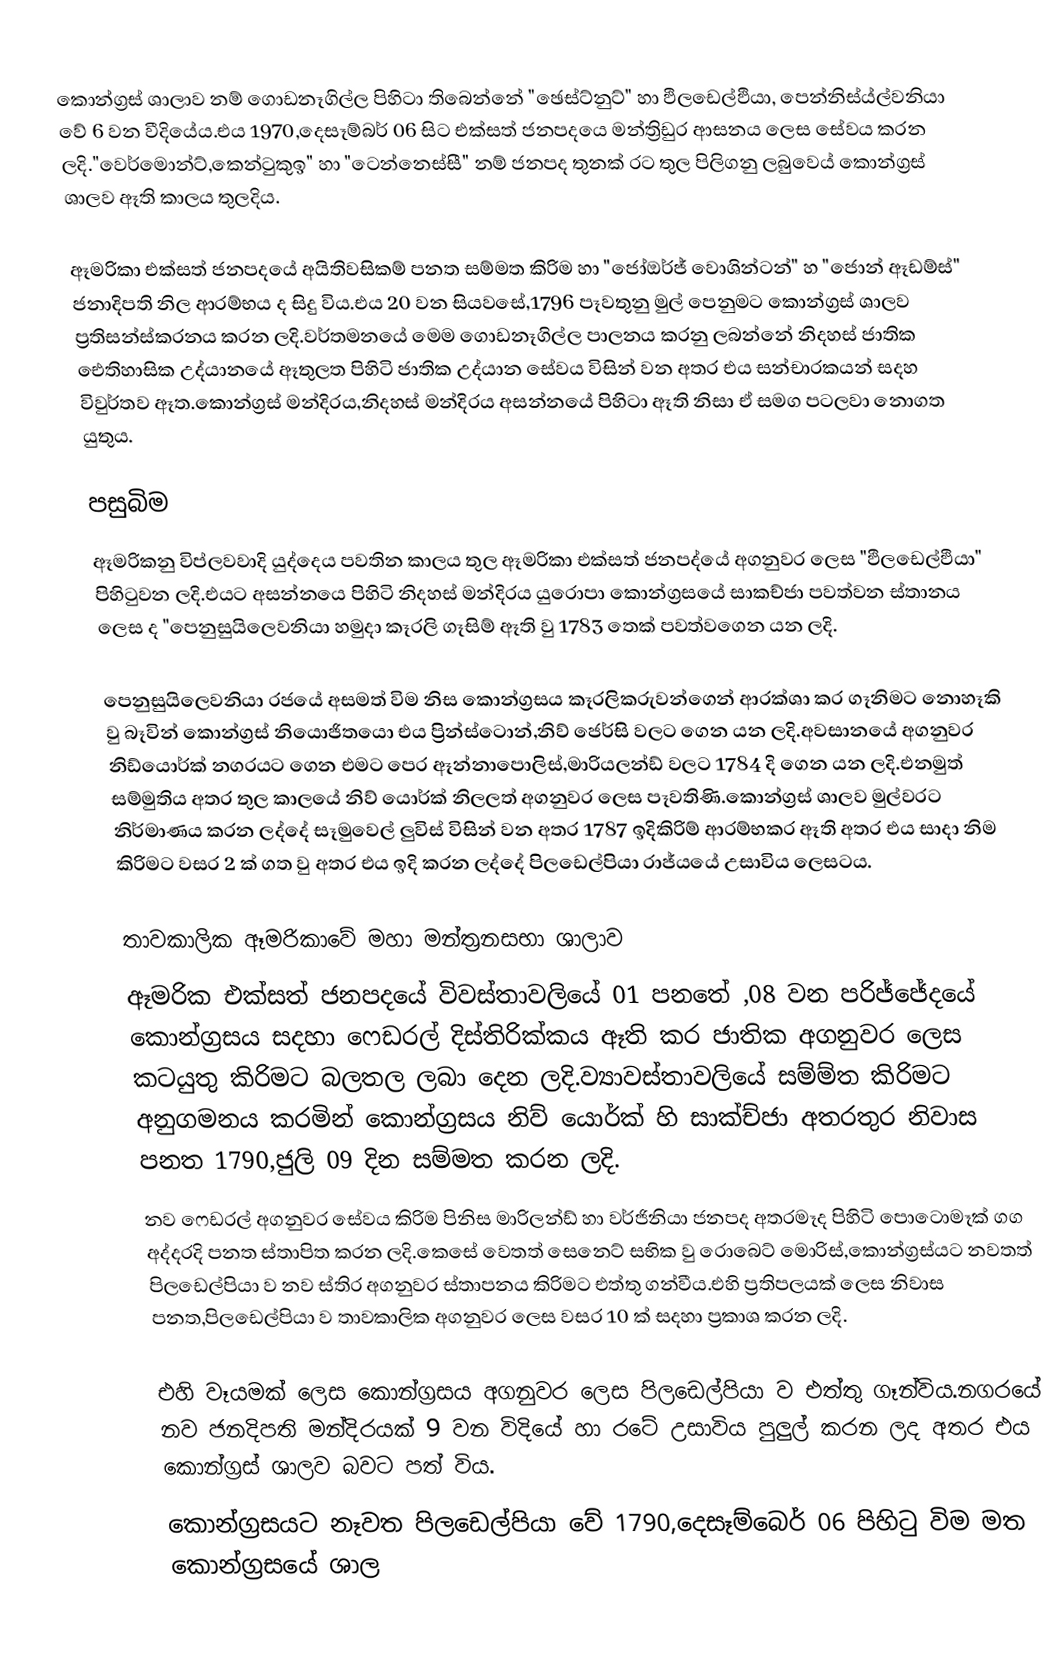
කොන්ග්‍රස් ශාලාව නම් ගොඩනෑගිල්ල පිහිටා තිබෙන්නේ "ඡෙස්ට්නුට්" හා ඵිලඩෙල්ඵියා, පෙන්නිස්ය්ල්වනියා වේ 6 වන වීදියේය.එය 1970,දෙසෑම්බර් 06 සිට එක්සත් ජනපදයෙ මන්ත්‍රිඩුර ආසනය ලෙස සේවය කරන ලදි."වෙර්මොන්ට්,කෙන්ටුකුඉ" හා "ටෙන්නෙස්සී" නම් ජනපද තුනක් රට තුල පිලිගනු ලබුවෙය් කොන්ග්‍රස් ශාලව ඈති කාලය තුලදිය.

ඈමරිකා එක්සත් ජනපදයේ අයිතිවසිකම් පනත සම්මත කිරිම හා "ජෝඔර්ජ් වොශින්ටන්" හ "ජොන් ඈඩම්ස්" ජනාදිපති  නිල ආරම්භය ද සිදු විය.එය 20 වන සියවසේ,1796 පෑවතුනු මුල් පෙනුමට කොන්ග්‍රස් ශාලව ප්‍රතිසන්ස්කරනය කරන ලදි.වර්තමනයේ මෙම ගොඩනෑගිල්ල පාලනය කරනු ලබන්නේ නිදහස් ජාතික ඓතිහාසික උද්යානයේ ඈතුලත පිහිටි ජාතික උද්යාන සේවය විසින් වන අතර එය සන්චාරකයන් සදහ විවුර්තව ඈත.කොන්ග්‍රස් මන්දිරය,නිදහස් මන්දිරය අසන්නයේ පිහිටා ඈති නිසා ඒ සමග පටලවා නොගත යුතුය.

පසුබිම
ඈමරිකනු විප්ලවවාදි  යුද්දෙය පවතින කාලය තුල ඈමරිකා එක්සත් ජනපද්යේ අගනුවර ලෙස "ඵිලඩෙල්ඵියා" පිහිටුවන ලදි.එයට අසන්නයෙ පිහිටි නිදහස් මන්දිරය යුරොපා කොන්ග්‍රසයේ සාකච්ජා පවත්වන ස්තානය ලෙස ද "පෙනුසුයිලෙවනියා හමුදා කෑරලි ගෑසිම් ඈති වු 1783 තෙක් පවත්වගෙන යන ලදි.

පෙනුසුයිලෙවනියා රජයේ අසමත් විම නිස කොන්ග්‍රසය කෑරලිකරුවන්ගෙන් ආරක්ශා කර ගෑනිමට නොහෑකි වු බෑවින් කොන්ග්‍රස් නියොජිතයො එය ප්‍රින්ස්ටොන්,නිව් ජෙර්සි වලට ගෙන යන ලදි.අවසානයේ අගනුවර නිඩ්යොර්ක් නගරයට ගෙන එමට පෙර ඈන්නාපොලිස්,මාරියලන්ඩ් වලට 1784 දි ගෙන යන ලදි.එනමුත් සම්මුතිය අතර තුල කාලයේ නිව් යොර්ක් නිලලත් අගනුවර ලෙස පෑවතිණි.කොන්ග්‍රස් ශාලව මුල්වරට නිර්මාණය කරන ලද්දේ සෑමුවෙල් ලුවිස් විසින් වන අතර 1787 ඉදිකිරිම් ආරම්භකර ඈති අතර එය සාදා නිම කිරිමට වසර 2 ක් ගත වු අතර එය ඉදි කරන ලද්දේ පිලඩෙල්පියා රාජ්යයේ උසාවිය ලෙසටය.

තාවකාලික ඈමරිකාවේ මහා මන්ත්‍රනසභා ශාලාව
ඈමරික එක්සත් ජනපදයේ විවස්තාවලියේ 01 පනතේ ,08 වන පරිජ්ජේදයේ කොන්ග්‍රසය සදහා ෆෙඩරල් දිස්තිරික්කය ඈති කර ජාතික අගනුවර ලෙස කටයුතු කිරිමට බලතල ලබා දෙන ලදි.ව්‍යාවස්තාවලියේ සම්ම්ත කිරිමට අනුගමනය කරමින් කොන්ග්‍රසය නිව් යොර්ක් හි සාක්ච්ජා අතරතුර නිවාස පනත 1790,ජුලි 09 දින සම්මත කරන ලදි.
නව ෆෙඩරල් අගනුවර සේවය කිරිම පිනිස මාරිලන්ඩ් හා වර්ජිනියා ජනපද අතරමෑද  පිහිටි පොටොමෑක් ගග අද්දරදි පනත ස්තාපිත කරන ලදි.කෙසේ වෙතත් සෙනෙට් සභික වු රොබෙට් මොරිස්,කොන්ග්‍රස්යට නවතත් පිලඩෙල්පියා ව නව ස්තිර අගනුවර ස්තාපනය කිරිමට එත්තු ගන්වීය.එහි ප්‍රතිපලයක් ලෙස නිවාස පනත,පිලඩෙල්පියා ව තාවකාලික අගනුවර ලෙස වසර 10 ක් සදහා ප්‍රකාශ කරන ලදි.

එහි වෑයමක් ලෙස කොන්ග්‍රසය අගනුවර ලෙස පිලඩෙල්පියා ව එත්තු ගෑන්විය.නගරයේ නව ජනදිපති මන්දිරයක් 9 වන විදියේ හා රටේ උසාවිය පුලුල් කරන ලද අතර එය කොන්ග්‍රස් ශාලව බවට පත් විය.
කොන්ග්‍රසයට නෑවත පිලඩෙල්පියා වේ 1790,දෙසෑම්බෙර් 06 පිහිටු විම මත කොන්ග්‍රසයේ ශාල